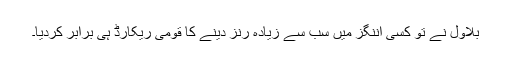
بلاول نے تو کسی اننگز میں سب سے زیادہ رنز دینے کا قومی ریکارڈ ہی برابر کردیا۔